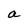
Character: a